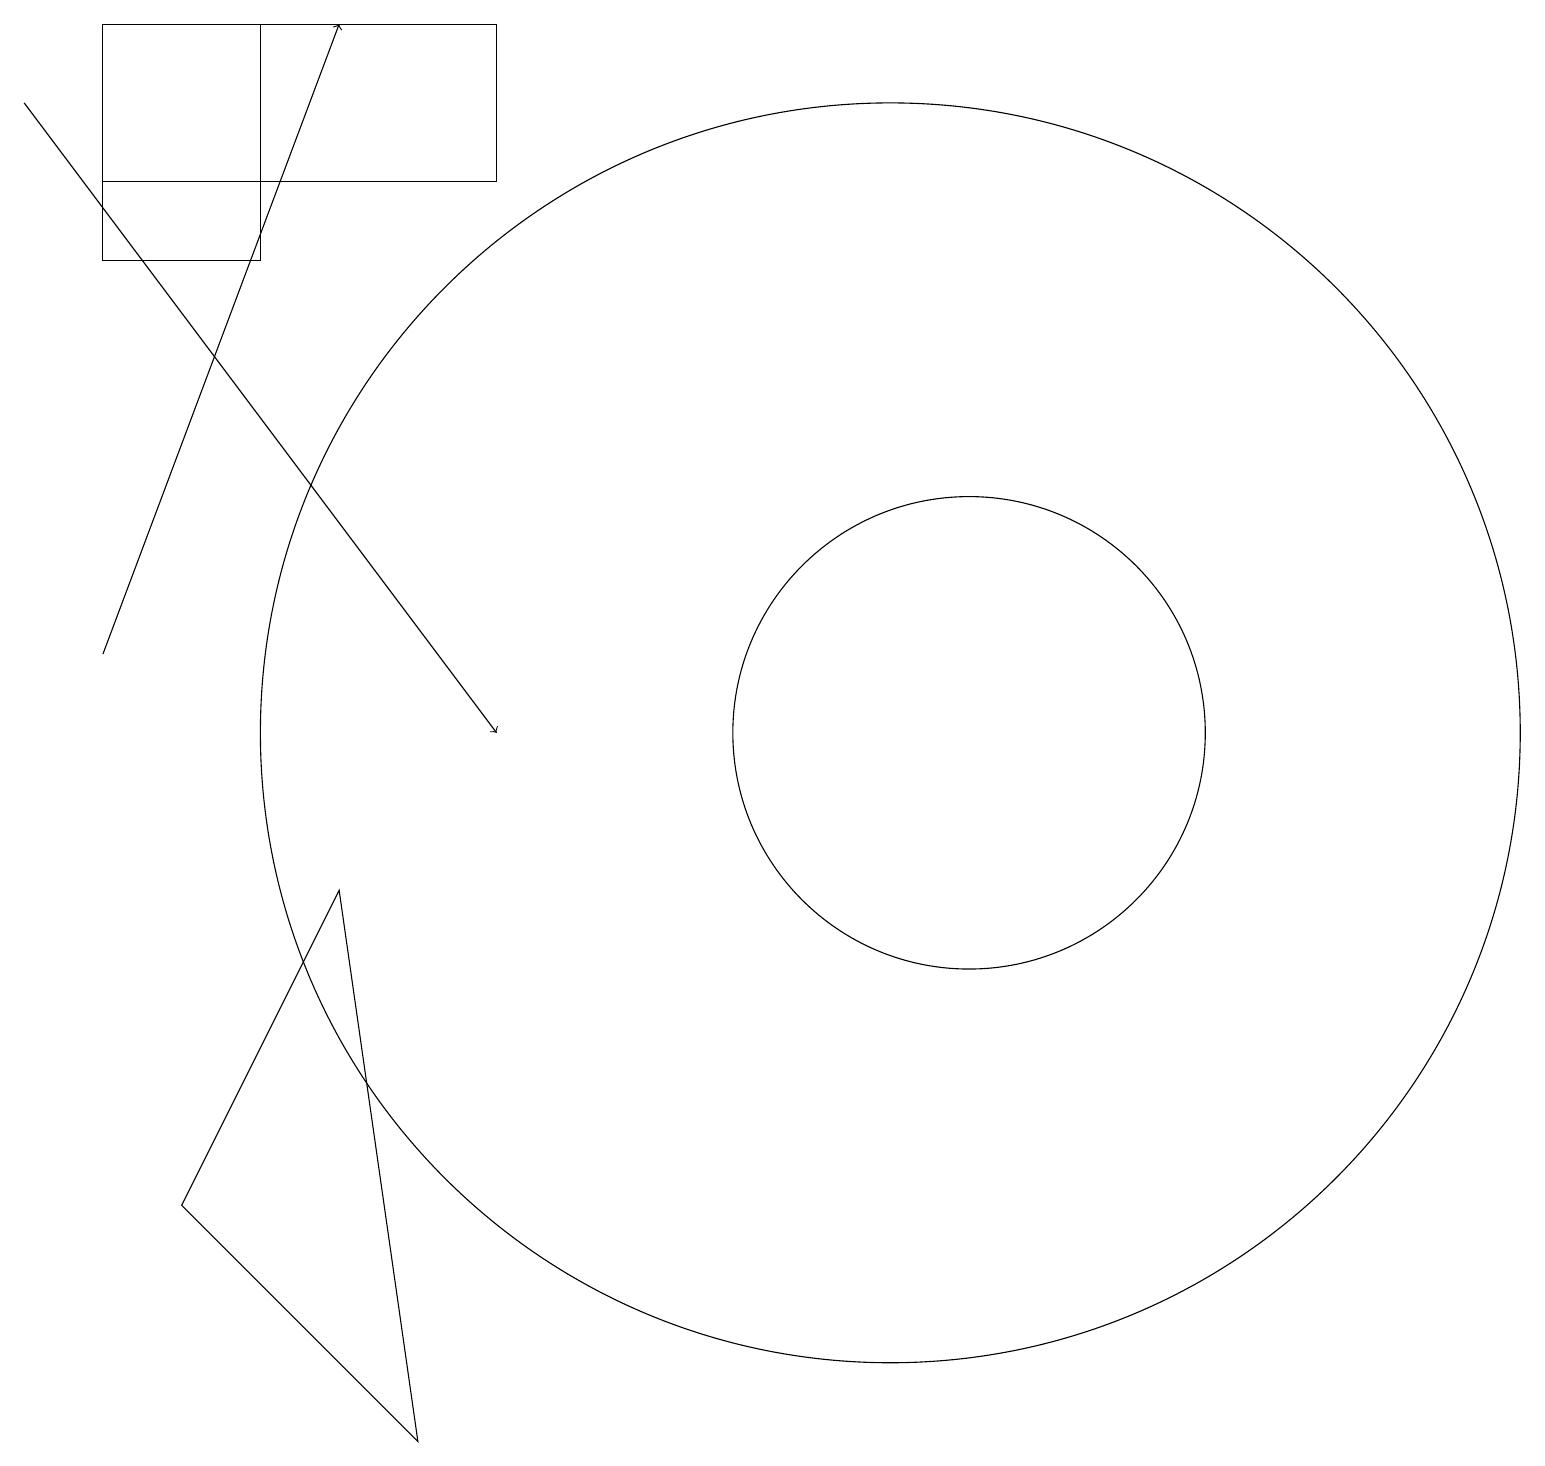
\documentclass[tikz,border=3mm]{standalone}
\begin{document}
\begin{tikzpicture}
\draw (5,1) -- (4,8) -- (2,4) -- cycle;
\draw (12,10) circle (3);
\draw (1,19) rectangle (3,16);
\draw[->] (0,18) -- (6,10);
\draw (1,19) rectangle (6,17);
\draw[->] (1,11) -- (4,19);
\draw (11,10) circle (8);
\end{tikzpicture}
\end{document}